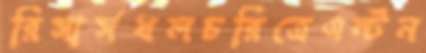
রিসার্সখলচরিত্রেএন্টন